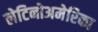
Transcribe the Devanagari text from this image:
लेटिनोअमेरिका